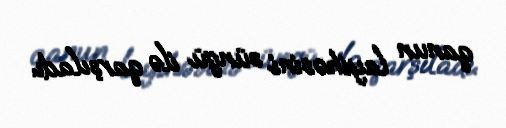
qanun layihəsini süngü ilə qarşıladı.